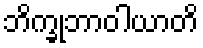
ဘိက္ခုဘာဝါယာတိ